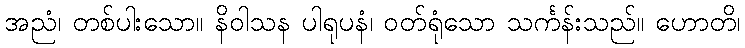
အညံ၊ တစ်ပါးသော။ နိဝါသန ပါရုပနံ၊ ဝတ်ရုံသော သင်္ကန်းသည်။ ဟောတိ၊